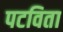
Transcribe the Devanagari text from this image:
पटविता